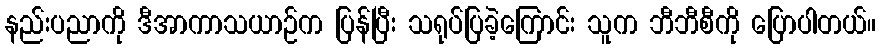
နည်းပညာကို ဒီအာကာသယာဉ်က ပြန်ပြီး သရုပ်ပြခဲ့ကြောင်း သူက ဘီဘီစီကို ပြောပါတယ်။